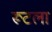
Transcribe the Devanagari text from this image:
रूटला